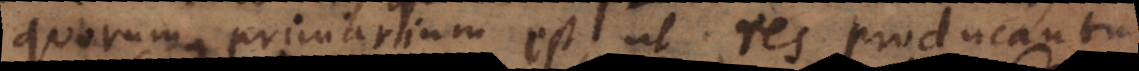
quorum primarium est ut res producantur